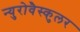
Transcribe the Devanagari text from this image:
न्युरोवैस्कुलर